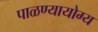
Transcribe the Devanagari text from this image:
पाळण्यायोग्य